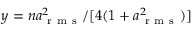
y = n a _ { \mathrm { ~ r ~ m ~ s ~ } } ^ { 2 } / [ 4 ( 1 + a _ { \mathrm { ~ r ~ m ~ s ~ } } ^ { 2 } ) ]